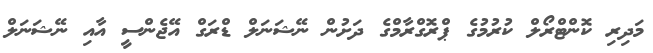
މަދިރި ކޮންޓްރޯލް ކުރުމުގެ ޕްރޮގްރާމްގެ ދަށުން ނޭޝަނަލް ޑްރަގް އޭޖެންސީ އާއި ނޭޝަނަލް